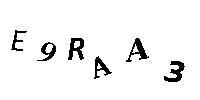
E9RAA3